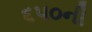
૬૫૦ની